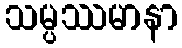
သမ္ပဿမာနာ